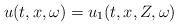
LaTeX: \begin{align*} u(t,x,\omega) = u_1(t, x,Z, \omega)\end{align*}